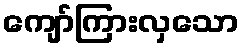
ကျော်ကြားလှသော